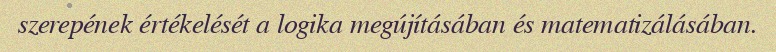
szerepének értékelését a logika megújításában és matematizálásában.